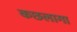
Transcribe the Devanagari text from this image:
कछलागा